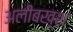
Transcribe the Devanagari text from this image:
अलीबख़्श